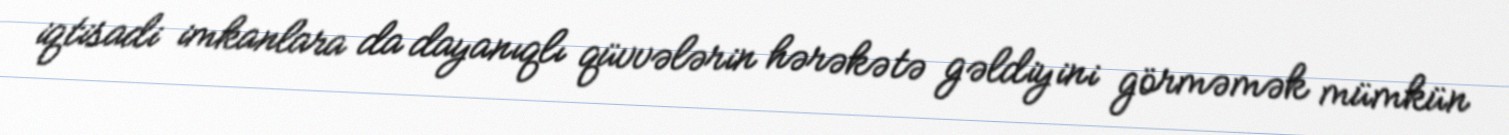
iqtisadi imkanlara da dayanıqlı qüvvələrin hərəkətə gəldiyini görməmək mümkün